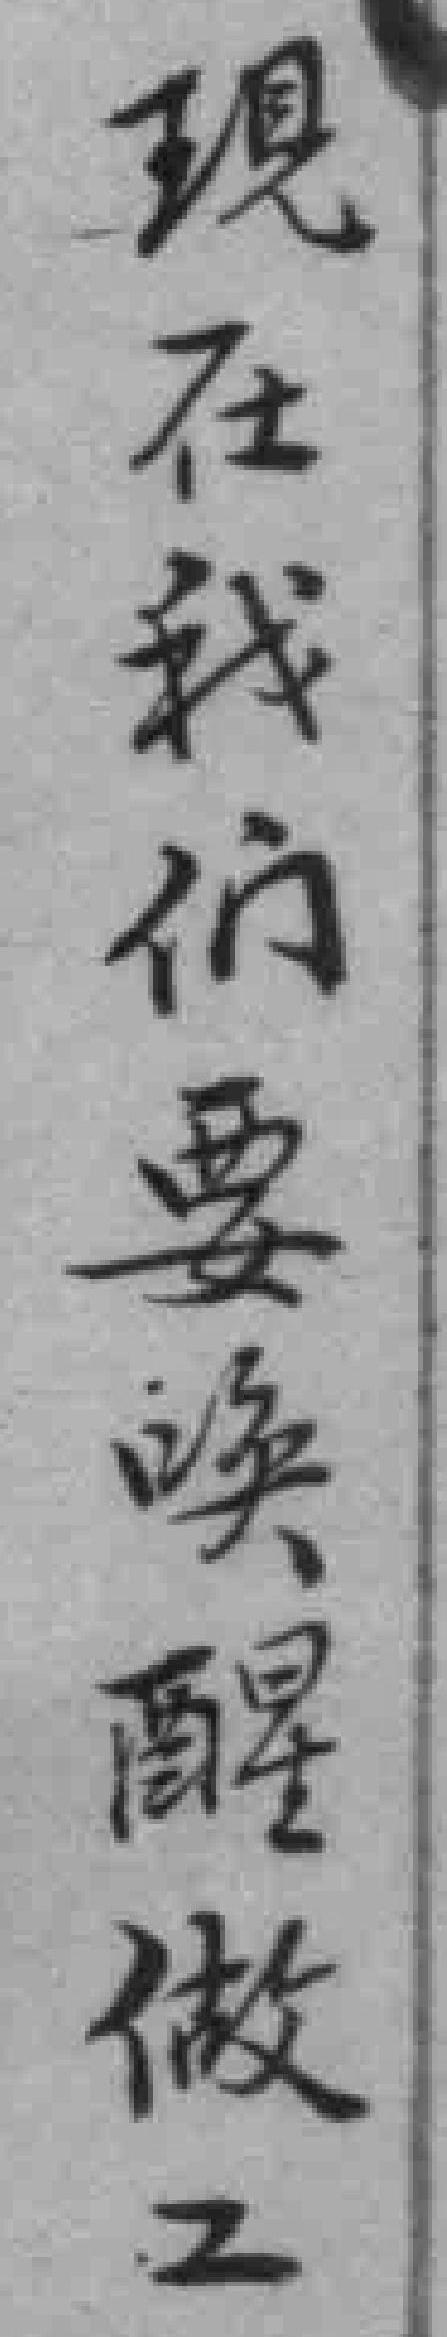
現在我们要唤醒做工